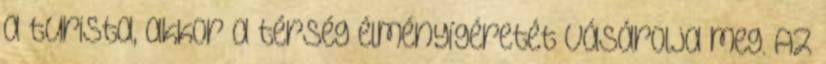
a turista, akkor a térség élményígéretét vásárolja meg. Az